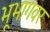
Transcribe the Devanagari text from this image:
भूभागवर